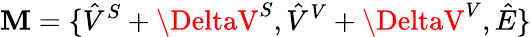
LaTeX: \mathbf{M}={\{ \hat{{V}}^{S}+\DeltaV^{S},\hat{{V}}^{V}+\DeltaV^{V}},\hat{{E}}\}